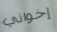
إخواني